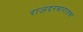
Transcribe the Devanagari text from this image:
राजदरबारातच